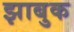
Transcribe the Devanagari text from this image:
झाबुक